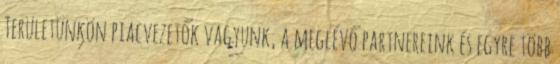
Területünkön piacvezetők vagyunk, a meglévő partnereink és egyre több